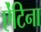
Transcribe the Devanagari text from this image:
ऐंटिना